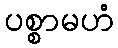
ပစ္စာမဟံ